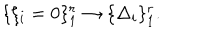
\{ \xi _ { i } = 0 \} _ { 1 } ^ { r } \rightarrow \{ \Delta _ { i } \} _ { 1 } ^ { r } .